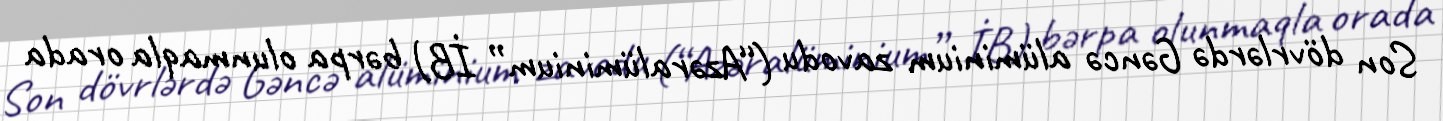
Son dövrlərdə Gəncə alüminium zavodu (“Azəralüminium” İB) bərpa olunmaqla orada